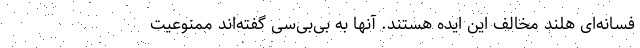
فسانه‌ای هلند مخالف این ایده هستند. آنها به بی‌بی‌سی گفته‌اند ممنوعیت